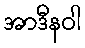
အာဒီနဝါ